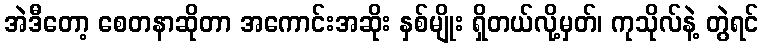
အဲဒီတော့ စေတနာဆိုတာ အကောင်းအဆိုး နှစ်မျိုး ရှိတယ်လို့မှတ်၊ ကုသိုလ်နဲ့ တွဲရင်